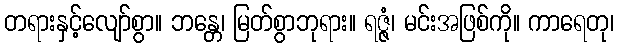
တရားနှင့်လျော်စွာ။ ဘန္တေ၊ မြတ်စွာဘုရား။ ရဇ္ဇံ၊ မင်းအဖြစ်ကို။ ကာရေတု၊